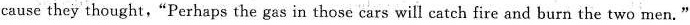
cause they thought,“Perhaps the gas in those cars will catch fire and burn the two men."